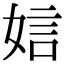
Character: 娮